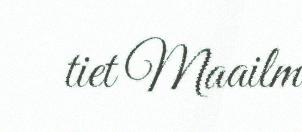
tiet Maailm